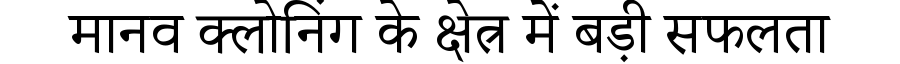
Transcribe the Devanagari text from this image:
मानव क्लोनिंग के क्षेत्र में बड़ी सफलता